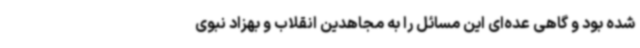
شده بود و گاهی عده‌ای این مسائل را به مجاهدین انقلاب و بهزاد نبوی